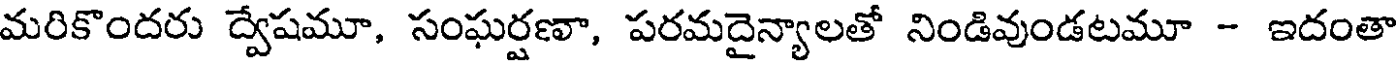
మరికొందరు ద్వేషమూ, సంఘర్షణా, పరమదైన్యాలతో నిండివుండటమూ - ఇదంతా